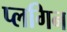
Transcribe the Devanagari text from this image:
प्लगिन